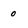
Character: 0